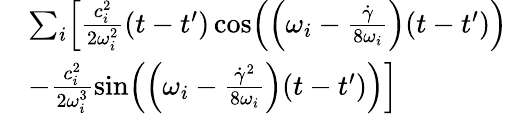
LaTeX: \begin{array}{rl}&{\sum_{i}\Bigl[\frac{c_{i}^{2}}{2\omega_{i}^{2}}(t-t^{\prime})\cos\Bigl(\Bigl(\omega_{i}-\frac{\dot{\gamma}}{8\omega_{i}}\Bigr)(t-t^{\prime})\Bigr)}\\ &{-\frac{c_{i}^{2}}{2\omega_{i}^{3}}\sin\Bigl(\Bigl(\omega_{i}-\frac{\dot{\gamma}^{2}}{8\omega_{i}}\Bigr)(t-t^{\prime})\Bigr)\Bigr]}\end{array}